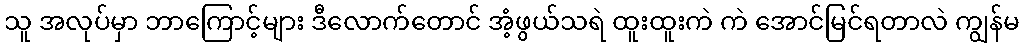
သူ အလုပ်မှာ ဘာကြောင့်များ ဒီလောက်တောင် အံ့ဖွယ်သရဲ ထူးထူးကဲ ကဲ အောင်မြင်ရတာလဲ ကျွန်မ